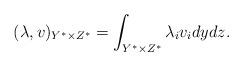
LaTeX: \begin{align*}(\lambda,v)_{Y^{\ast}\times Z^{\ast}}=\int_{Y^{\ast}\times Z^{\ast}}\lambda_{i}v_{i}dydz.\end{align*}